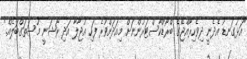
"އަޅުގަނޑު އެދެނީ ދިވެހިރާއްޖޭގެ ބްރޯޑްކާސްޓަރުންނަށް މިއަދަށްވުރެ ފަހި އުޖާލާ އަދި ރޯޝަނީ މުސަތަގްބަލެއް."